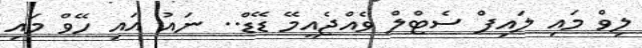
ލިވް މައި ލައިފް ސެޓްލް ވެއްޖެއީމޭ ޑޭޑް.. ނައު އައި ހޭވް މައި